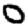
Digit: 0